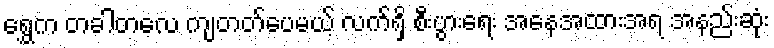
ရွှေက တခါတလေ ကျတတ်ပေမယ့် လက်ရှိ စီးပွားရေး အနေအထားအရ အနည်းဆုံး